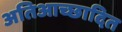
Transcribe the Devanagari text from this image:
अतिआच्छादित